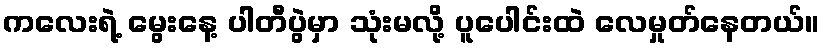
ကလေးရဲ့ မွေးနေ့ ပါတီပွဲမှာ သုံးမလို့ ပူပေါင်းထဲ လေမှုတ်နေတယ်။